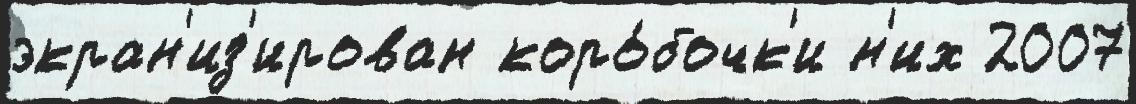
экран'из'ирован коро́бочк'и н'их 2007